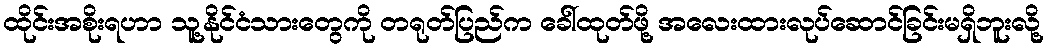
ထိုင်းအစိုးရဟာ သူ့နိုင်ငံသားတွေကို တရုတ်ပြည်က ခေါ်ထုတ်ဖို့ အလေးထားလုပ်ဆောင်ခြင်းမရှိဘူးလို့